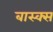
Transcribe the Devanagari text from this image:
बास्क्स